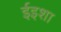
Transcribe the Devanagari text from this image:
ईइशा